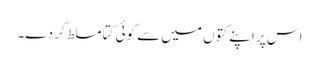
اس پر اپنے کتوں میں سے کوئی کتا مسلط کر دے۔